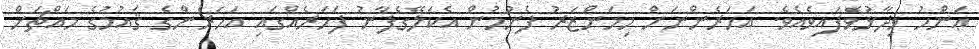
ޢަންހު ވިދާޅުވެފައިވެއެވެ. އަހަރެންނަށް މިމަންޒަރު ފެނުމުން އެކަލޭގެފާނު ފަހަރެއްގައި އަހަރެންގެ ޤައުމުގެ މައްޗަށް